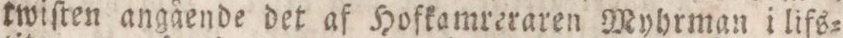
twiſten angående det af Hofkamreraren Myhrman i lifs=